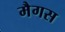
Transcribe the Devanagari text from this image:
मैगस